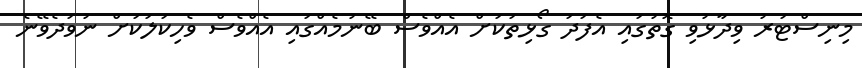
މިނިސްޓަރު ވިދާޅުވި ގޮތުގައި އެފަދަ ގޯޅިތަކަށް އެއްވެސް ބޭނުމެއްގައި އެއްވެސް ވެހިކަލަކަށް ނުވަދެވޭނެ